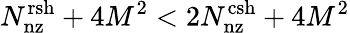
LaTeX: N_{\mathrm{nz}}^{\mathrm{rsh}}+4M^{2}<2N_{\mathrm{nz}}^{\mathrm{csh}}+4M^{2}